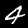
Digit: 4